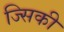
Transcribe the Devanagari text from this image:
ज्सिकी